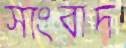
সাংবাদ